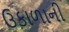
ઉકાળાની